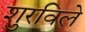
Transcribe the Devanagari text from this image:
शुरविले